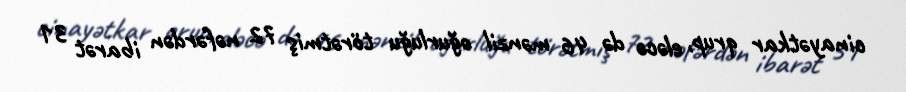
cinayətkar qrup, eləcə də 46 mənzil oğurluğu törətmiş 72 nəfərdən ibarət 31